Vaccination in Burma 1920-1933 - 1920-1933
Year: 1920
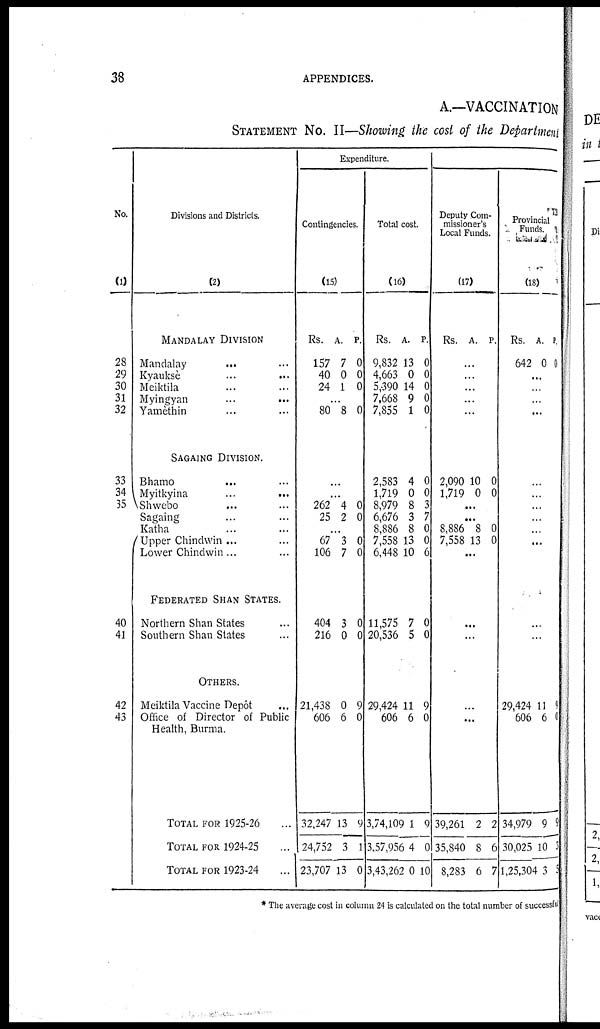
38
APPENDICES.
A.—VACCINATION
STATEMENT No. II—Showing the cost of the Department
No.
(1)
28
29
30
31
32
33
34
35
40
41
42
43
Divisions and Districts.
(2)
MANDALAY DIVISION
Mandalay... ...
Kyauksè... ...
Meiktila... ...
Myingyan... ... ...
Yamèthin... ...
SAGAING DIVISION.
Bhamo... ...
Myitkyina... ...
Shwebo... ...
Sagaing... ...
Katha... ...
Upper Chindwin ...
Lower Chindwin...
FEDERATED SHAN STATES.
Northern Shan States... ...
Southern Shan States... ...
OTHERS.
Meiktila Vaccine Depôt...
Office of Director of Public
Health, Burma.
TOTAL FOR 1925-26... ...
TOTAL FOR 1924-25... ...
TOTAL FOR 1923-24... ...
Expenditure.
Contingencies.
(15)
Rs.
157
40
24
A.
7
0
1
P.
0
0
0
...
80 8 0
...
...
262
25
4
2
0
0
...
67
106
3
7
0
0
404
216
3
0
0
0
21,438
606
32,247
24,752
23,707
0
6
13
3
13
9
0
9
1
0
_
Total cost.
(16)
Rs.
9,832
4,663
5,390
7,668
7,855
A.
13
0
14
9
1
P.
0
0
0
0
0
2,583
1,719
8,979
6,676
8,886
7,558
6,448
4
0
8
3
8
13
10
0
0
3
7
0
0
6
11,575
20,536
7
5
0
0
29,424
606
3,74,109
3,57,956
3,43,262
11
6
1
4
9
0
9
0
0 10
Deputy Com-
missioner's
Local Funds.
(17)
Rs. A. P.
...
...
...
...
...
2,090
1,719
10
0
0
0
...
...
8,886
7,558
8
13 0
0
...
...
...
...
...
39,261
35,840
8,283
2
8
6
2
6
7
Provincial
Funds.
(18)
Rs.
642
A.
0
P.
0
...
...
...
...
...
...
...
...
...
...
...
...
...
29,424
606
34,979
30,025
1,25,304
11
6
9
10
3
9
0
9
3
5
* The average cost in column 24 is calculated on the total number of successful.